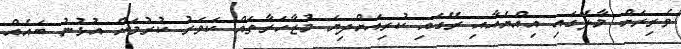
ވެރިރަށް މާލޭގައި އިއްޔެއާއި ރޭގައި ކުރިއަށްދިޔަ މުޒާހަރާތައް ކަވަރު ކުރުމަށް އުޅުނު ބައެއް